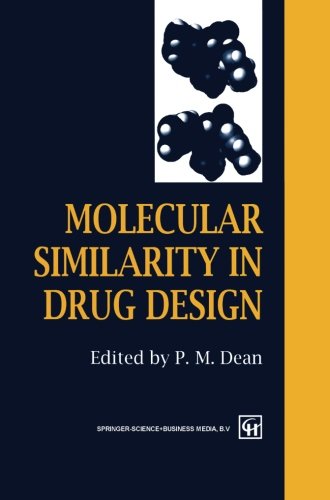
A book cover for Molecular Similarity in Drug Design; Medical Books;